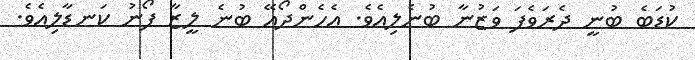
ކުޑަބެ ބުނީ ދެރަވެފަ ވަޒުނާ ބުނެލިއެވެ. އެހެންދޯއޭ ބުނެ ލީޒާ ފޯނު ކަނޑާލިއެވެ.